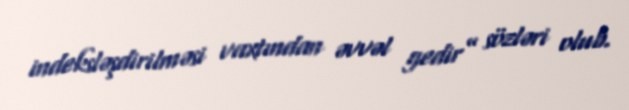
indeksləşdirilməsi vaxtından əvvəl gedir” sözləri olub.